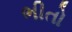
ભીતો